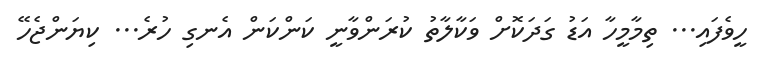
ހީވެފައި... ތިމާމީހާ އަޑު ގަދަކޮށް ވަކާލާތު ކުރަންވާނީ ކަންކަން އެނގި ހުރެ... ކިޔަންޖެހޭ